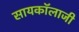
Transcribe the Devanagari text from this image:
सायकॉलाजी